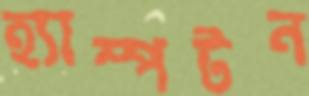
হ্যাম্পটন